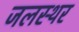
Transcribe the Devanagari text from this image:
जलस्थर